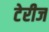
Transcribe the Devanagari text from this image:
टेरीज